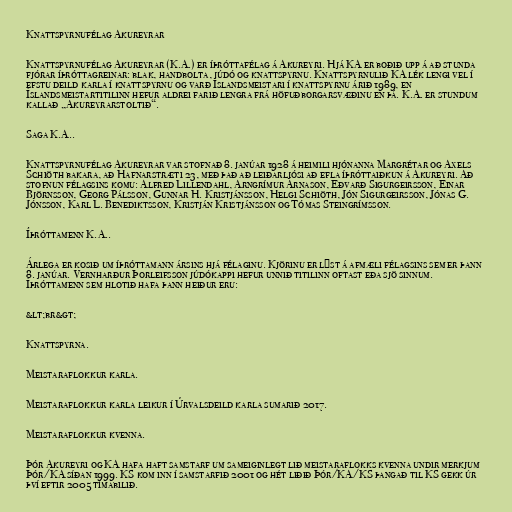
Knattspyrnufélag Akureyrar

Knattspyrnufélag Akureyrar (K.A.) er íþróttafélag á Akureyri. Hjá KA er boðið upp á að stunda
fjórar íþróttagreinar: blak, handbolta, júdó og knattspyrnu. Knattspyrnulið KA lék lengi vel í
efstu deild karla í knattspyrnu og varð Íslandsmeistari í knattspyrnu árið 1989, en
Íslandsmeistartitilinn hefur aldrei farið lengra frá höfuðborgarsvæðinu en þá. K.A. er stundum
kallað „Akureyrarstoltið“.

Saga K.A..

Knattspyrnufélag Akureyrar var stofnað 8. janúar 1928 á heimili hjónanna Margrétar og Axels
Schiöth bakara, að Hafnarstræti 23, með það að leiðarljósi að efla íþróttaiðkun á Akureyri. Að
stofnun félagsins komu: Alfred Lillendahl, Arngrímur Árnason, Eðvarð Sigurgeirsson, Einar
Björnsson, Georg Pálsson, Gunnar H. Kristjánsson, Helgi Schiöth, Jón Sigurgeirsson, Jónas G.
Jónsson, Karl L. Benediktsson, Kristján Kristjánsson og Tómas Steingrímsson.

Íþróttamenn K.A..

Árlega er kosið um íþróttamann ársins hjá félaginu. Kjörinu er lýst á afmæli félagsins sem er þann
8. janúar. Vernharður Þorleifsson júdókappi hefur unnið titilinn oftast eða sjö sinnum.
Íþróttamenn sem hlotið hafa þann heiður eru:

&lt;br&gt;

Knattspyrna.

Meistaraflokkur karla.

Meistaraflokkur karla leikur í Úrvalsdeild karla sumarið 2017.

Meistaraflokkur kvenna.

Þór Akureyri og KA hafa haft samstarf um sameiginlegt lið meistaraflokks kvenna undir merkjum
Þór/KA síðan 1999. KS kom inn í samstarfið 2001 og hét liðið Þór/KA/KS þangað til KS gekk úr
því eftir 2005 tímabilið.